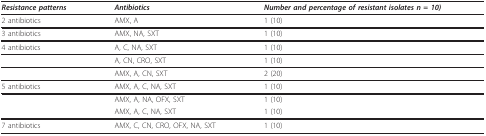
<table><thead><tr><td><b><i>Resistance patterns </i></b></td><td><b><i>Antibiotics</i></b></td><td><b><i>Number and percentage of resistant isolates n = 10)</i></b></td></tr></thead><tbody><tr><td>2 antibiotics</td><td>AMX, A</td><td>1 (10)</td></tr><tr><td>3 antibiotics</td><td>AMX, NA, SXT</td><td>1 (10)</td></tr><tr><td>4 antibiotics</td><td>A, C, NA, SXT</td><td>1 (10)</td></tr><tr><td></td><td>A, CN, CRO, SXT</td><td>1 (10)</td></tr><tr><td></td><td>AMX, A, CN, SXT</td><td>2 (20)</td></tr><tr><td>5 antibiotics</td><td>AMX, A, C, NA, SXT</td><td>1 (10)</td></tr><tr><td></td><td>AMX, A, NA, OFX, SXT</td><td>1 (10)</td></tr><tr><td></td><td>AMX, A, C, NA, SXT</td><td>1 (10)</td></tr><tr><td>7 antibiotics</td><td>AMX, C, CN, CRO, OFX, NA, SXT</td><td>1 (10)</td></tr></tbody></table>